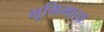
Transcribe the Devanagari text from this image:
भूमिमाता